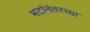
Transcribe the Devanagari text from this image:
भटांनंतरच्या